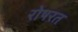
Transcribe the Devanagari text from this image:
रोषरत